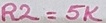
Text: R2=5K